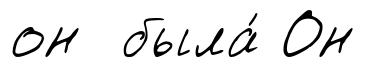
он была́ Он